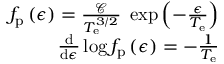
\begin{array} { r } { f _ { \mathrm { p } } \left( \epsilon \right) = \frac { \mathcal { C } } { T _ { \mathrm { e } } ^ { 3 / 2 } } \; \exp \left( - \frac { \epsilon } { T _ { \mathrm { e } } } \right) } \\ { \frac { \mathrm { d } } { \mathrm { d } \epsilon } \log f _ { \mathrm { p } } \left( \epsilon \right) = - \frac { 1 } { T _ { \mathrm { e } } } } \end{array}